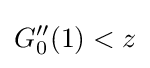
G_{0}''(1)<z